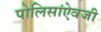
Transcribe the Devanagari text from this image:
पोलिसांऐवजी